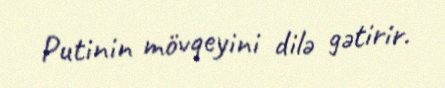
Putinin mövqeyini dilə gətirir.